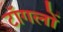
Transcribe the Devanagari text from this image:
टॉगलों